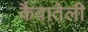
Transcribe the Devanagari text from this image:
कैवातेली